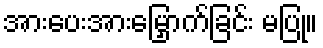
အားပေးအားမြှောက်ခြင်း မပြု။